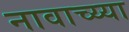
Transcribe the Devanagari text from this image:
नावाच्य्या